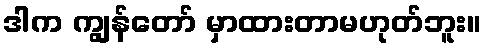
ဒါက ကျွန်တော် မှာထားတာမဟုတ်ဘူး။